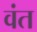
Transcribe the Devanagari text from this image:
वंत